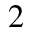
2